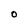
Character: O